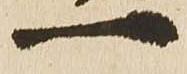
一